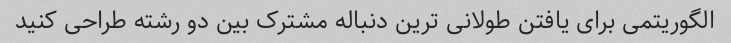
الگوریتمی برای یافتن طولانی ترین دنباله مشترک بین دو رشته طراحی کنید